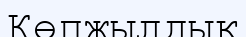
Көпжылдық